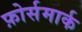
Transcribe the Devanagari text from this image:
फ़ोर्समार्क